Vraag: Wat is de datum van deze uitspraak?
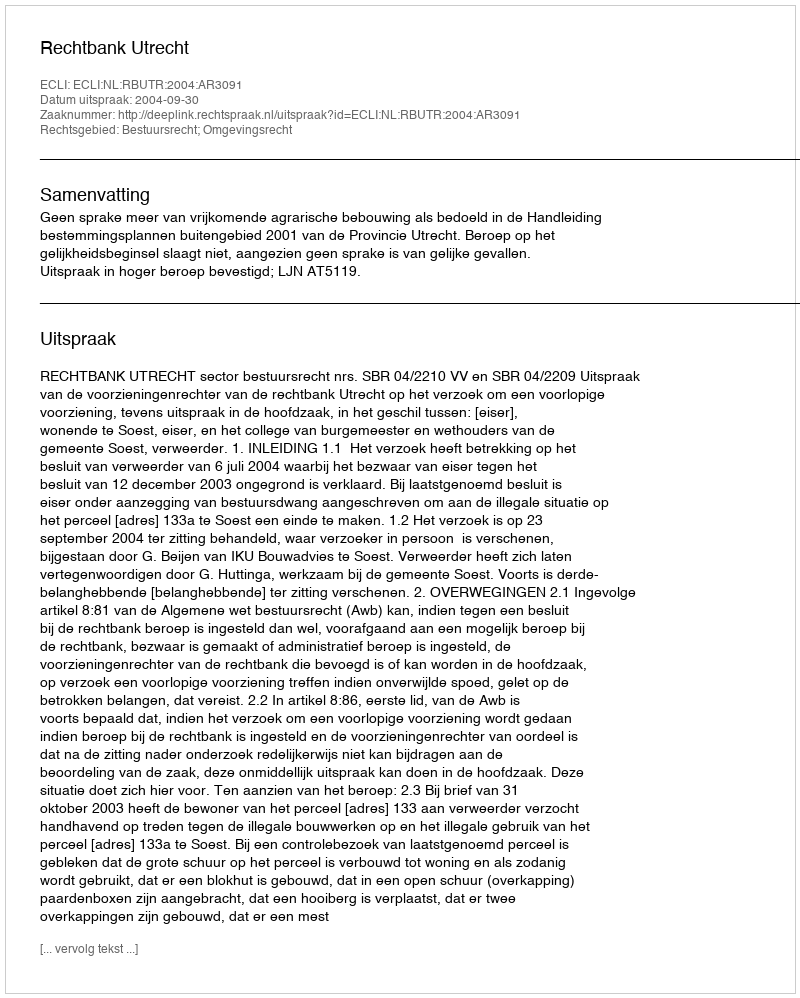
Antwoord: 2004-09-30